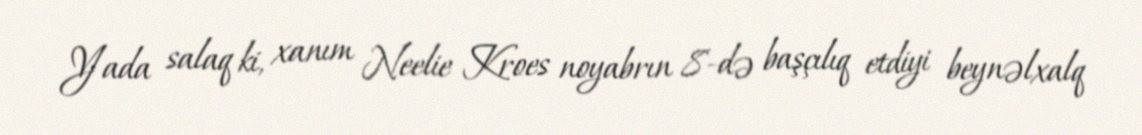
Yada salaq ki, xanım Neelie Kroes noyabrın 8-də başçılıq etdiyi beynəlxalq